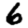
Digit: 6